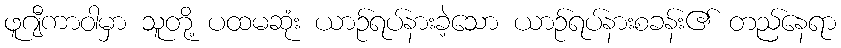
ဖူဂျီကာဝါမှာ သူတို့ ပထမဆုံး ယာဉ်ရပ်နားခဲ့သော ယာဉ်ရပ်နားစခန်း၏ တည်နေရာ